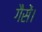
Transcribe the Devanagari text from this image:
गैसें।